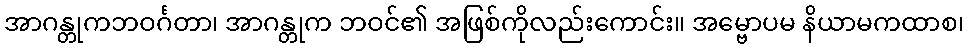
အာဂန္တုကဘဝင်္ဂတာ၊ အာဂန္တုက ဘဝင်၏ အဖြစ်ကိုလည်းကောင်း။ အမ္ဗောပမ နိယာမကထာစ၊